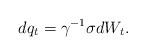
LaTeX: \begin{align*}dq_t=\gamma^{-1}\sigma dW_t.\end{align*}